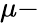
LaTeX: \mu-